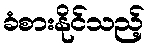
ခံစားနိုင်သည့်